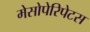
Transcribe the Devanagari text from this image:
मेसोपेरिपेटस